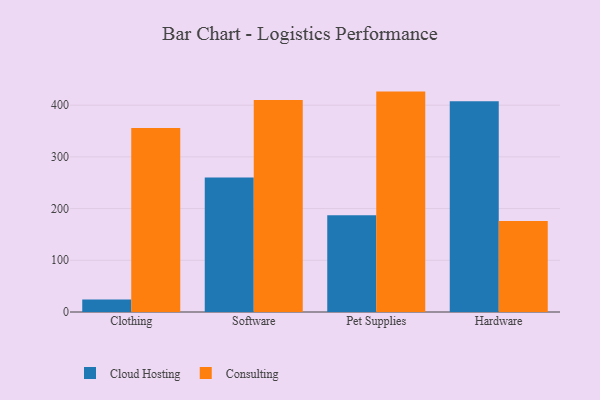
{"axis": {"x": "Category", "y": "Energy Usage (MWh)"}, "legend": ["Cloud Hosting", "Consulting"], "data": [{"x": "Clothing", "y": 24.1, "type": "Cloud Hosting"}, {"x": "Clothing", "y": 355.9, "type": "Consulting"}, {"x": "Software", "y": 260.2, "type": "Cloud Hosting"}, {"x": "Software", "y": 409.9, "type": "Consulting"}, {"x": "Pet Supplies", "y": 187.1, "type": "Cloud Hosting"}, {"x": "Pet Supplies", "y": 426.2, "type": "Consulting"}, {"x": "Hardware", "y": 407.3, "type": "Cloud Hosting"}, {"x": "Hardware", "y": 175.9, "type": "Consulting"}]}